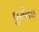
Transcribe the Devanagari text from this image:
पुरीतच